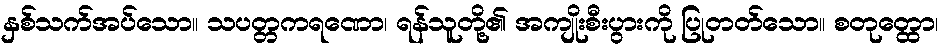
နှစ်သက်အပ်သော။ သပတ္တကရဏော၊ ရန်သူတို့၏ အကျိုးစီးပွားကို ပြုတတ်သော။ စတုတ္ထော၊